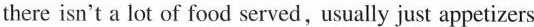
there isn't a lot of food served,usually just appetizers